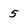
Character: 5